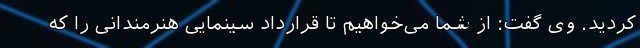
کردید. وی گفت: از شما می‌خواهیم تا قرارداد سینمایی هنرمندانی را که